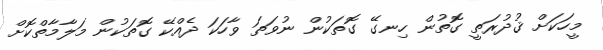
މީހަކަށް ޤުދުރަތީ ގޮތުން ހިނގޭ ގޮތަކުން ނުވަތަ ވާހަކަ ދެއްކޭ ގޮތަކުން މަލާމާތްކޮށް